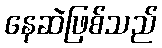
နေဆဲဖြစ်သည်